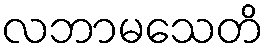
လဘာမသေတိ